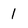
Character: 1